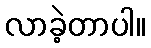
လာခဲ့တာပါ။